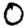
Digit: 0